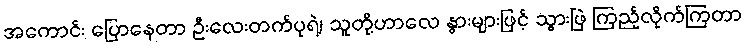
အကောင်း ပြောနေတာ ဦးလေးတက်ပုရဲ့၊ သူတို့ဟာလေ နွားများဖြင့် သွားဖြဲ ကြည့်လိုက်ကြတာ